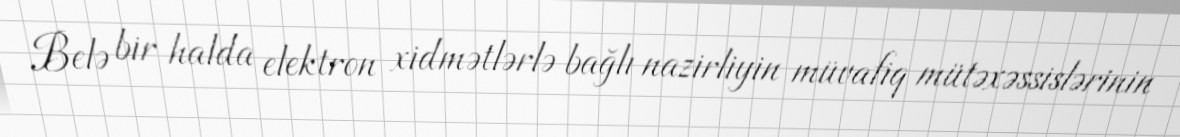
Belə bir halda elektron xidmətlərlə bağlı nazirliyin müvafiq mütəxəssislərinin